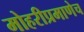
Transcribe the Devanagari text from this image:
मोहरीप्रमाणेच